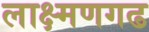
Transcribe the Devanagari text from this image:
लाक्ष्मणगढ